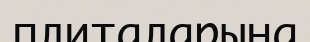
плиталарына